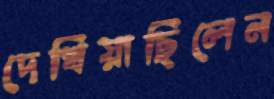
দেখিয়াছিলেন